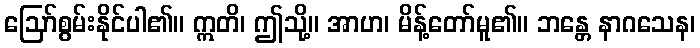
ဩော်စွမ်းနိုင်ပါ၏။ ဣတိ၊ ဤသို့။ အာဟ၊ မိန့်တော်မူ၏။ ဘန္တေ နာဂသေန၊